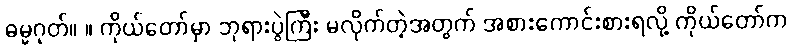
ဓမ္မဂုတ်။ ။ ကိုယ်တော်မှာ ဘုရားပွဲကြီး မလိုက်တဲ့အတွက် အစားကောင်းစားရလို့ ကိုယ်တော်က